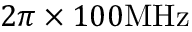
2 \pi \times 1 0 0 \mathrm { M H z }